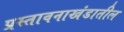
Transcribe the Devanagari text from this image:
प्रस्तावनाखंडातील